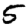
Digit: 5